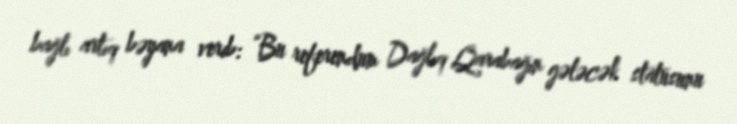
bağlı artıq bəyana verib: “Bu referendum Dağlıq Qarabağın gələcək statusunu